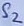
Text: S2